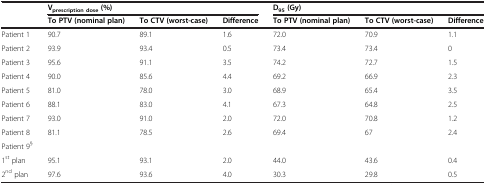
|  | <COLSPAN=3> Vprescription dose (%) | <COLSPAN=3> D95 (Gy) |
 |  | To PTV (nominal plan) | To CTV (worst-case) | Difference | To PTV (nominal plan) | To CTV (worst-case) | Difference |
 | --- | --- | --- | --- | --- | --- | --- |
 | Patient 1 | 90.7 | 89.1 | 1.6 | 72.0 | 70.9 | 1.1 |
 | Patient 2 | 93.9 | 93.4 | 0.5 | 73.4 | 73.4 | 0 |
 | Patient 3 | 95.6 | 91.1 | 3.5 | 74.2 | 72.7 | 1.5 |
 | Patient 4 | 90.0 | 85.6 | 4.4 | 69.2 | 66.9 | 2.3 |
 | Patient 5 | 81.0 | 78.0 | 3.0 | 68.9 | 65.4 | 3.5 |
 | Patient 6 | 88.1 | 83.0 | 4.1 | 67.3 | 64.8 | 2.5 |
 | Patient 7 | 93.0 | 91.0 | 2.0 | 72.0 | 70.8 | 1.2 |
 | Patient 8 | 81.1 | 78.5 | 2.6 | 69.4 | 67 | 2.4 |
 | Patient 9§ |  |  |  |  |  |  |
 | 1st plan | 95.1 | 93.1 | 2.0 | 44.0 | 43.6 | 0.4 |
 | 2nd plan | 97.6 | 93.6 | 4.0 | 30.3 | 29.8 | 0.5 |